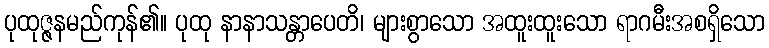
ပုထုဇ္ဇနမည်ကုန်၏။ ပုထု နာနာသန္တာပေတိ၊ များစွာသော အထူးထူးသော ရာဂမီးအစရှိသော